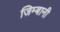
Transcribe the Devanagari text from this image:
जिम्बानी